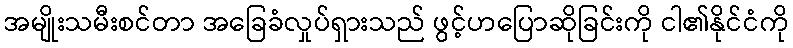
အမျိုးသမီးစင်တာ အခြေခံလှုပ်ရှားသည် ဖွင့်ဟပြောဆိုခြင်းကို ငါ၏နိုင်ငံကို